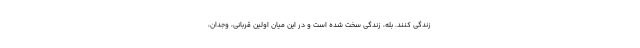
زندگی کنند. بله، زندگی سخت شده است و در این میان اولین قربانی، وجدان،